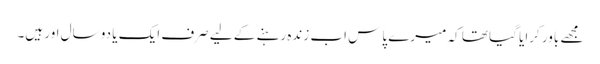
مجھے باور کرایا گیا تھا کہ میرے پاس اب زندہ رہنے کے لیے صرف ایک یا دو سال اور ہیں۔